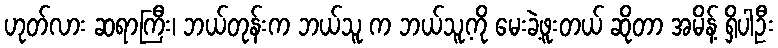
ဟုတ်လား ဆရာကြီး၊ ဘယ်တုန်းက ဘယ်သူ က ဘယ်သူ့ကို မေးခဲ့ဖူးတယ် ဆိုတာ အမိန့် ရှိပါဦး